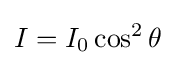
I=I_{0}\cos ^{2}\theta \,\!